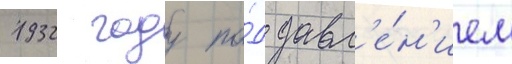
1932 году по́д давл'е́н'ием